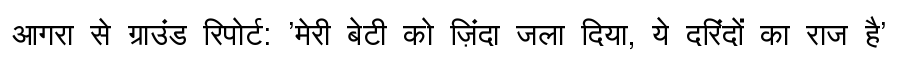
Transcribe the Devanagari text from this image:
आगरा से ग्राउंड रिपोर्ट: 'मेरी बेटी को ज़िंदा जला दिया, ये दरिंदों का राज है'